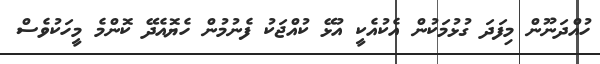
ހުއްދަނޫން މިފަދަ ގުޅުމަކުން އެކުއެކީ އުޅޭ ކުއްޖަކު ފެނުމުން ހެޔޮއެދޭ ކޮންމެ މީހަކުވެސް